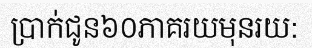
ប្រាក់ជូន៦០ភាគរយមុនរយ: